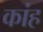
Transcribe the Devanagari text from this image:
कांह